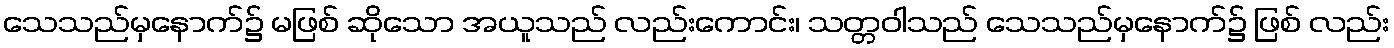
သေသည်မှနောက်၌ မဖြစ် ဆိုသော အယူသည် လည်းကောင်း၊ သတ္တဝါသည် သေသည်မှနောက်၌ ဖြစ် လည်း